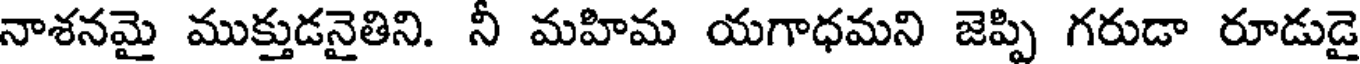
నాశనమై ముక్తుడనైతిని. నీ మహిమ యగాధమని జెప్పి గరుడా రూడుడై